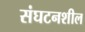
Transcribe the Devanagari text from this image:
संघटनशील